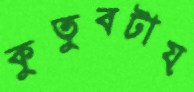
কুতুবটায়